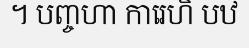
។ បញ្ចហា ការេហិ បឋ